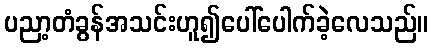
ပညာ့တံခွန်အသင်းဟူ၍ပေါ်ပေါက်ခဲ့လေသည်။